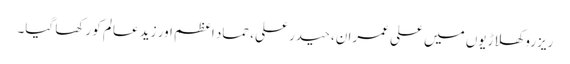
ریزرو کھلاڑیوں میں علی عمران، حیدر علی، حماد اعظم اور زید عالم کو رکھا گیا۔